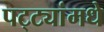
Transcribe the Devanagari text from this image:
पट्ट्यांमधे